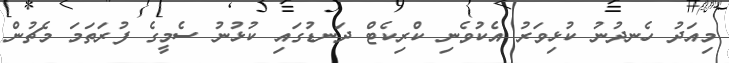
މިއަދު ހެނދުނު ކުޅިވަރު އެކުވެނި ކްރިކެޓް ދަނޑުގައި ކުޅުނު ސެމީގެ ފުރަތަމަ މެޗުން